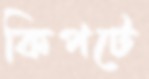
কিপটে